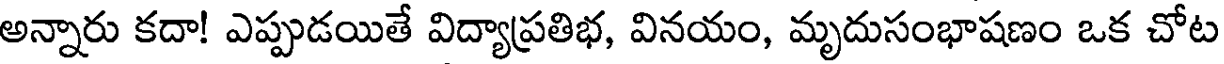
అన్నారు కదా! ఎప్పుడయితే విద్యాప్రతిభ, వినయం, మృదుసంభాషణం ఒక చోట